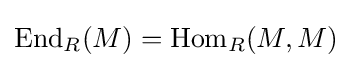
\operatorname {End} _{R}(M)=\operatorname {Hom} _{R}(M,M)